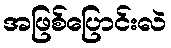
အဖြစ်ပြောင်းလဲ